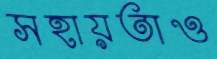
সহায়তাও